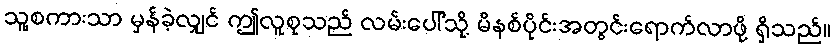
သူ့စကားသာ မှန်ခဲ့လျှင် ဤလူစုသည် လမ်းပေါ်သို့ မိနစ်ပိုင်းအတွင်းရောက်လာဖို့ ရှိသည်။